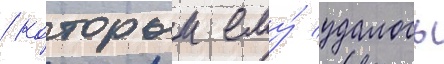
/ которыи ему́ удалось